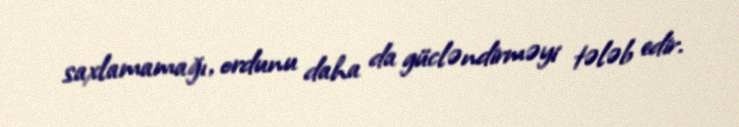
saxlamamağı, ordunu daha da gücləndirməyi tələb edir.